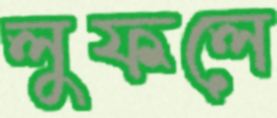
লুফলে